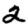
Digit: 2